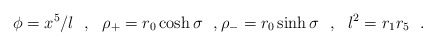
\begin{align*}\phi=x^5/l~~,~~\rho_+=r_0\cosh\sigma~~,\rho_-=r_0\sinh\sigma~~,~~l^2=r_1 r_5~~.\end{align*}